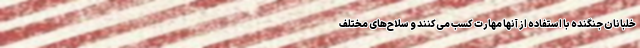
خلبانان جنگنده با استفاده از آنها مهارت کسب می‌کنند و سلاح‌های مختلف